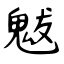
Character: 魃